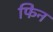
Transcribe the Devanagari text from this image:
फिन